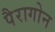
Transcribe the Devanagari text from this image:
पैरागोन